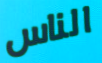
الناس